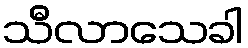
သီလာသေခါ